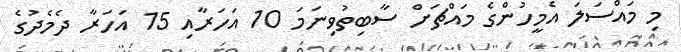
މި މައްސަލަ އެމީހުންގެ މައްޗަށް ސާބިތުވިނަމަ 10 އަހަރާއި 15 އަހަރާ ދެމެދުގެ